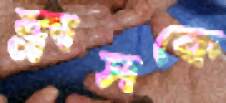
ক্লাসকে